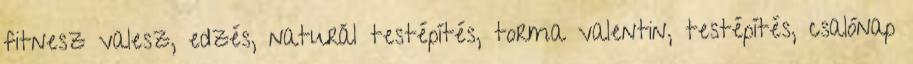
fitnesz valesz, edzés, naturál testépítés, torma valentin, testépítés, csalónap